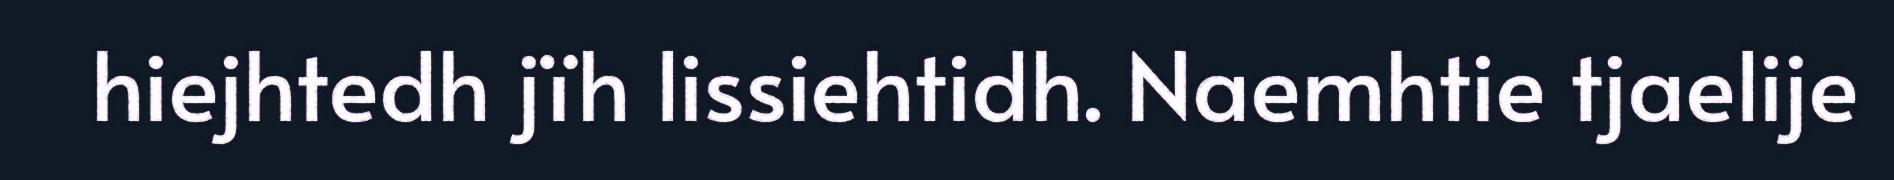
hiejhtedh jïh lissiehtidh. Naemhtie tjaelije